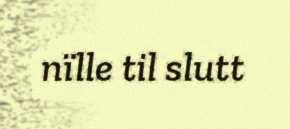
nïlle til slutt